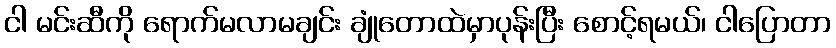
ငါ မင်းဆီကို ရောက်မလာမချင်း ချုံတောထဲမှာပုန်းပြီး စောင့်ရမယ်၊ ငါပြောတာ